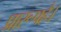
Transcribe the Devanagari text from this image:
प्रारूपहै।